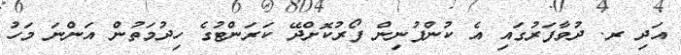
އަދި ރ. ދުވާފަރުގައި އެ ކުންފުނިން ފޯރުކޮށްދޭ ކަރަންޓުގެ ހިދުމަތުން އަންނަ މަހު